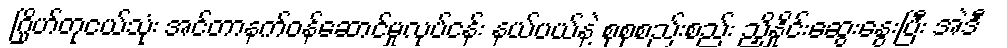
ဂြိုဟ်တုငယ်သုံး အင်တာနက်ဝန်ဆောင်မှုလုပ်ငန်း နယ်ပယ်နဲ့ စုစုစည်းစည်း ညှိနှိုင်းဆွေးနွေးပြီး အဲဒီ